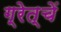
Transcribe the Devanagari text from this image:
ग्रेत्चें